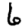
Digit: 6